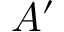
A ^ { \prime }